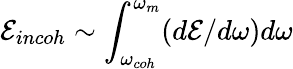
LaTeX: \mathcal{E}_{incoh}\sim\int_{\omega_{coh}}^{\omega_{m}}(d\mathcal{E}/d\omega)d\omega